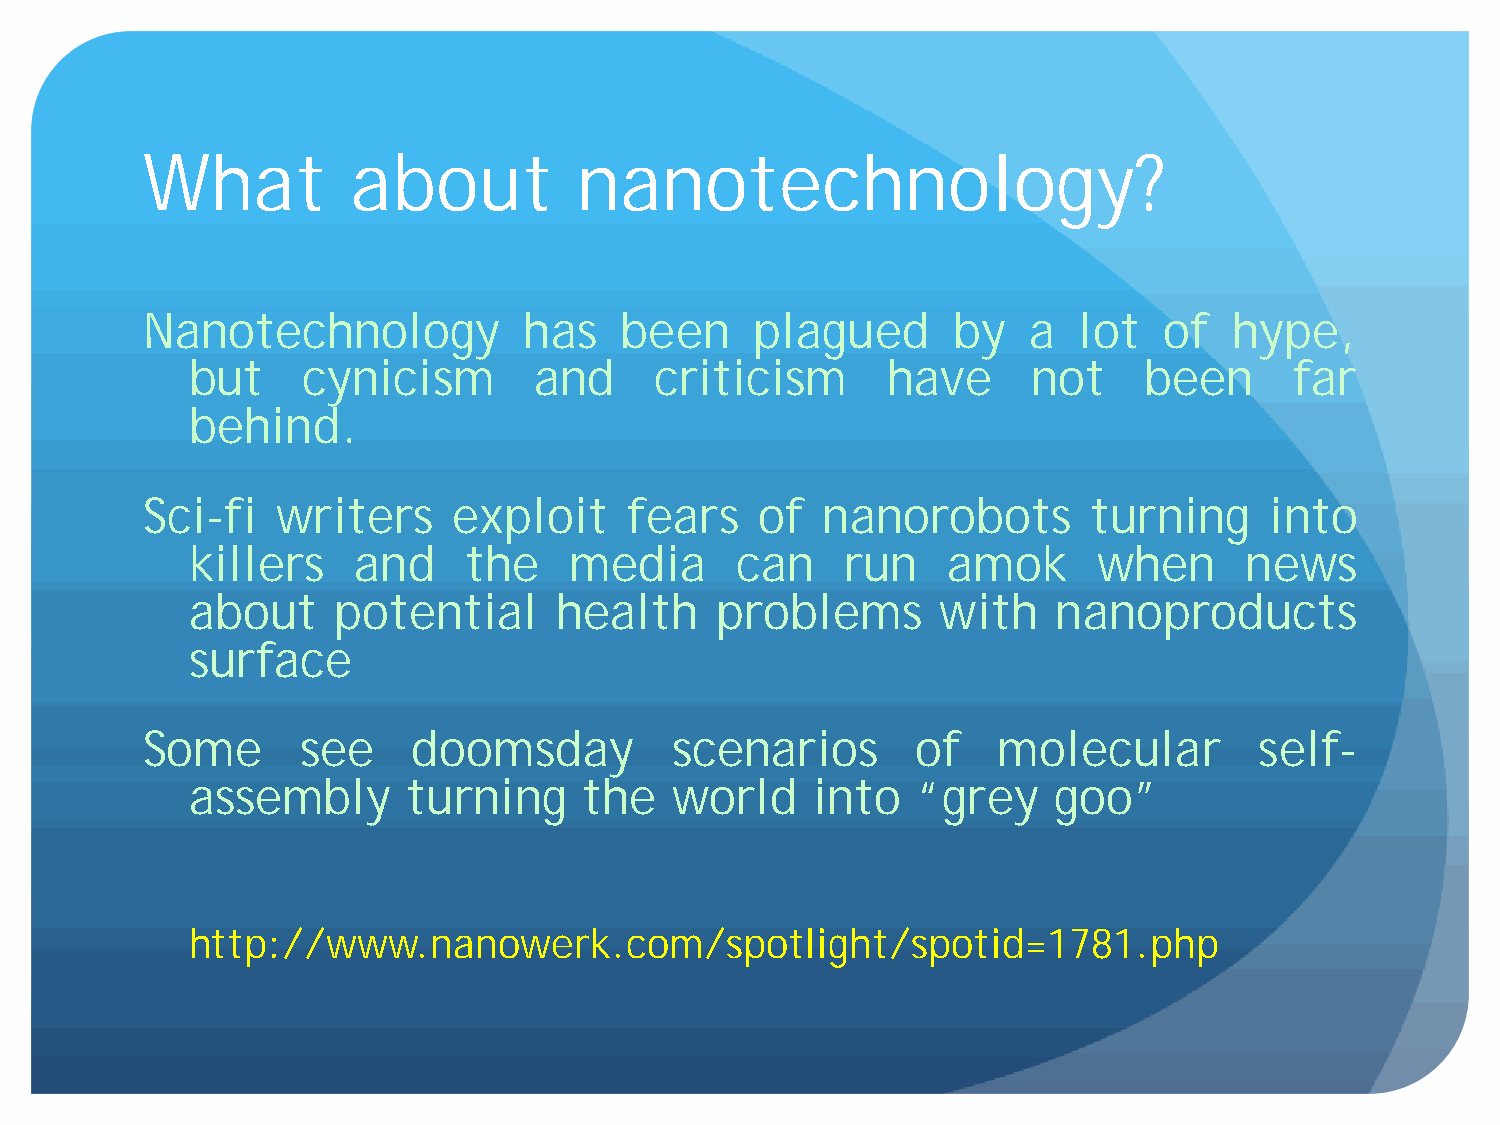
What          about          nanotechnology?
 Nanotechnology            has   been     plagued      by   a  lot   of   hype,
 but     cynicism       and     criticism       have     not     been      far
 behind.
 Sci-fi   writers     exploit     fears   of  nanorobots        turning     into
 killers    and     the    media      can    run    amok      when     news
 about     potential      health    problems       with    nanoproducts
 surface
 Some       see    doomsday         scenarios        of   molecular        self-
 assembly       turning     the  world     into   “grey    goo”
 http://www.nanowerk.com/spotlight/spotid=1781.php